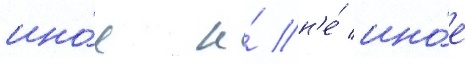
ино́е и́ н'е́ ино́е